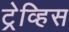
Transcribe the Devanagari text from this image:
ट्रेव्हिस